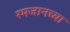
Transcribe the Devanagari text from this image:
रमजानच्या